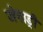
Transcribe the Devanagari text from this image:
जेनाड्री